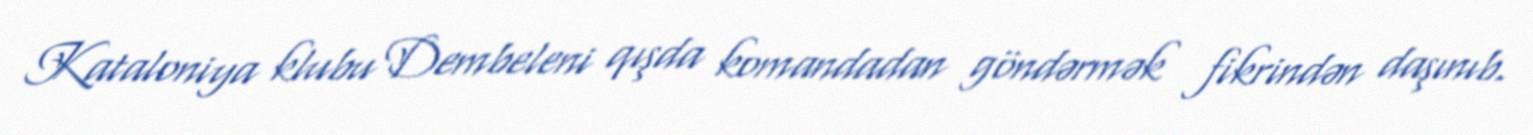
Kataloniya klubu Dembeleni qışda komandadan göndərmək fikrindən daşınıb.